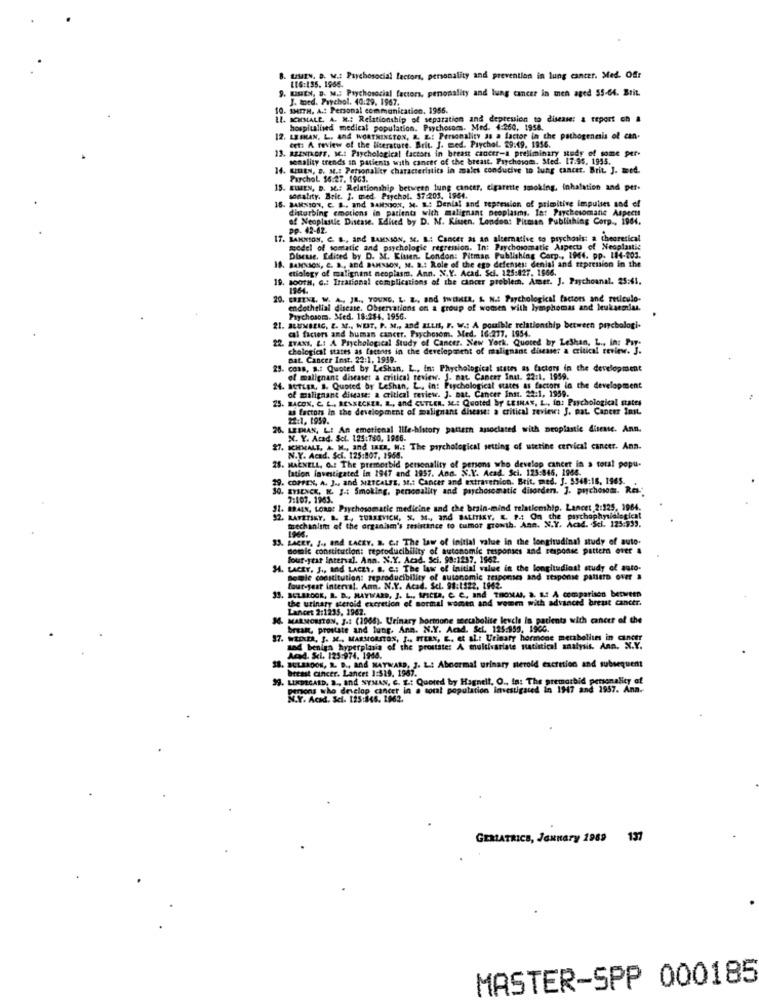
B. USIIN. D. V .: Psychosocial factors, personality and prevention in lung cancer. Med. Off
9. KISIEN, D. M .; Psychosocial factors, penonality and lung cancer in ten aged 55-64. Brit.
LIG:135. 1966.
J. toed. Parchol. 40:29. 1967.
10. SMITH. A .: Personal communication. 1956.
LI. SCHMALE. A. N .: Relationship of separation and depression to disease: & report on a
hospitalised medical population. Psychosoms. Med. 4:260, 1954.
12. LESHAN, L. And WORTHINGTON, R. E .: Personality Ja a factor in the pathogenesis of can-
det: A review of the literature. Brit. J. med. Prychal. 29:49. 1956.
13. REZNIKOFF. M .: Psychological factors in breast cancer-a preliminary study of some per-
sonality trends in patients with cancer of the breast. Psychosods. Sted. 17:95. 1995.
14. SERIEN, D. M .: Personality characteristics in males conducive to lung cancer. Brit. J. med.
Parchol. $6:27. 1963.
15. ELMEN, D. M .: Relationship between lung cancer, cigarette smoking, inhalation and per-
15. BAMNION, C. B ., and BAHNSON, M. E .: Denial and repression of primitive impulses and ef
sonality. Brit. J. med. Psychol. $7 205. 1964.
disturbing emotions in patients with malignant neoplasms. In: Psychosomatic Aspects
of Neoplastic Disease. Edited by D. M. Kiusen. London: Pitman Publishing Corp ., 1904.
pp. 42-62.
17. BAKNION, C. B ., And BAMNION, M. B .: Cancer as an alternative to prychosis: a theoretical
model of somatic and psychologie regression. In: Psychosomatic Aspects of Neoplastic
Discuse, Edited by D. M. Kinen, London: Pitman Publishing Corp ., 1944. pp. 184-203.
18. BANXION, C. B ., and BAMSION, M. D .: Role of the esp defenses: denial and repression in the
etiology of malignant neoplasm. Ann. N.Y. Acad. Sci. 125:427. 1566.
19. so0TH, G .: Irrational complications of the cancer problem. Amer. J. Psychoanal. 25:65.
1954.
20. CHIENZ. W. A ., JR ., YOUNG. L. Z ., and twitHER, & N .: Psychological factors and reticulo-
endothellal disease. Observations on a group of women with lymphomas and leukaemias.
Psychosom. Med. 18:284. 1956.
21. BLUMBLIC. E. M ., WEST. P. M ., and ELLI, F. W .: A poulble relationship between prychologi.
cl factors and human cancer. Psychosom. Med. 16:277. 1954.
22
ITAXI, L .: A Pichological Study of Cancer. New York, Quoted by Leshan, L ., in: Pay.
chological states as factors in the development of malignant disease: a critical review. J.
Dat. Cancer Inst. 22:1, 1939.
25. cons, s .: Quoted by Leshan, L ., In: Phychological states as factors in the development
of malignant diseases a critical review. J. nat Cancer Inut. 22:1. 1959.
24. BUTLER, S. Quoted by Leshan, L. in: Psychological states as factors in the development
25. BACON, C. L ., RENKECKER. R ., and CUTLER. M .: Quoted by LEINA", L ., in: Psychological states
of malignant disease: a critical review. J. nat. Cancer Inst. 22:1, 1959.
as factors in the development of soalignant disease: a critical review: J. pat. Cancer Inst.
22:1. 1959.
26,
N. L: An emotional Ille-history pattern associated with proplantie disease. Ann.
N. Y. Acad. Sci. 125:780. 1966.
27. SCHMALE, A. M ., and Ica. W .: The psychological setting of uterine cervical cancer. Ann.
. MAENELL, O .: The premorbid personality of persons who develop cancer in a total popu-
N.Y. Acad. Sci. 125:807, 1968.
lation investigated in 1947 and 1957. And. N.Y. Acad. Sci. 125:846, 1966.
COPPEX, A. J ., and METCALFE. M .: Cancer and extraversion. Brit, med. J. 5348:16. 1965.
30. EYSENCK, N. J .: Smoking, personality and paychosomatic disorders. J. psychosom. Res-
7:107. 1963.
JI. BRAIN, LORD? Psychosomatic medicine and the brain-mind relationship. Lancet 2:325, 1964.
32. RAFETIKY. B. 2, TURKEVICH, S. M. and BatiTiKY. K. P .: On the psychophysiologieat
trechanlift of the organisen's resistance to tumor growth. Ann. N.Y. Acad. Scl. 125:933.
33. LACEY. J ., and LACEY. B. C .: The Law of initial value in the longitudinal study of auto.
somic constitution: reproducibility of autonomic responses and response pattern ever a
four-year interval. Ann. X.Y. Acad. Sci. 99:1237, 1962.
H. tACEY. J ., and LAczY. B. C .: The law of initial value in the longitudinal study of auto-
semle constitution: reproducibility of autonomie
ponses and itsponse pattern over a
laut-feat interval. Ann. N.Y. Acad. Sci. 98:1322, 1942.
33. SCLEROOK, B. D ., HAYWARD, J. L .. SIcta, e C, and THOMAS, a. 1.2 A comparison between
the urinary steroid excretion of normal women and women with advanced breast cancer.
Lancet 2:1235. 1962.
34. MARMORSTON, J .: (1968). Urinary hormone metabolite levels in patients with cancer of the
break, prostate and lung. Ann. N.Y. Acad. Sei. 125:959, 1900.
37. WEINER, J. M. MARSORITOS, " .. ITLAX, E .. et al .: Urinary hormone merhalltes in cancer
zad benign hyperplasia of the prostate: A multivariate statistical analysis. Ann. N.Y.
AGA. KL. 125-974. 1968.
18. BULAADON, R. D ., And MAYNARD, J. L .: Abnormal urinary steroid excretion and subsequent
breast cancer. Lancet 3:519. 1987.
LINDECARD, D ., and NYMAN, C. L .: Quoted by Hagnel !. O ., In: The premarbid personality of
perons who develop cancer in a total population investigated in 1947 and 1957. Ann.
N.Y. Acad. Sci. 125:845. 1962.
GERIATRICS, January 1989 137
MASTER-SPP 000185